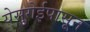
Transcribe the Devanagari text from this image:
येसुगेईपासून